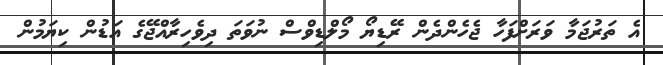
އެ ތަރުޖަމާ ވަރަށްފަހާ ޖެހެންދެން ރޭޑިޔޯ މޯލްޑިވްސް ނުވަތަ ދިވެހިރާއްޖޭގެ އަޑުން ކިޔަމުން